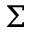
\Sigma